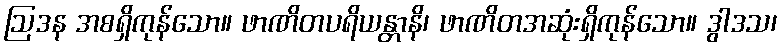
ဩဒန အစရှိကုန်သော။ ဖာဏိတပရိယန္တာနိ၊ ဖာဏိတအဆုံးရှိကုန်သော။ ဒွါဒသ၊